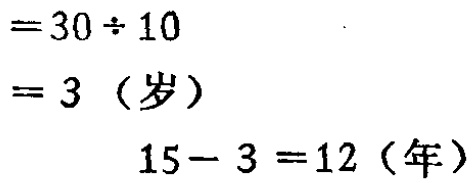
\begin{align*}

&=30\div 10\\

&=3（岁）\\

&15 - 3 = 12（年）

\end{align*}